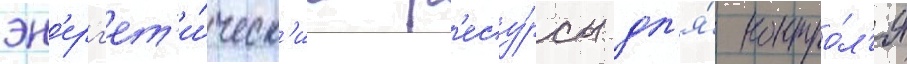
эн'ерг'ет'и́ческ'ие р'есу́рсы дл'я́ контро́л'я